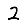
Digit: 2